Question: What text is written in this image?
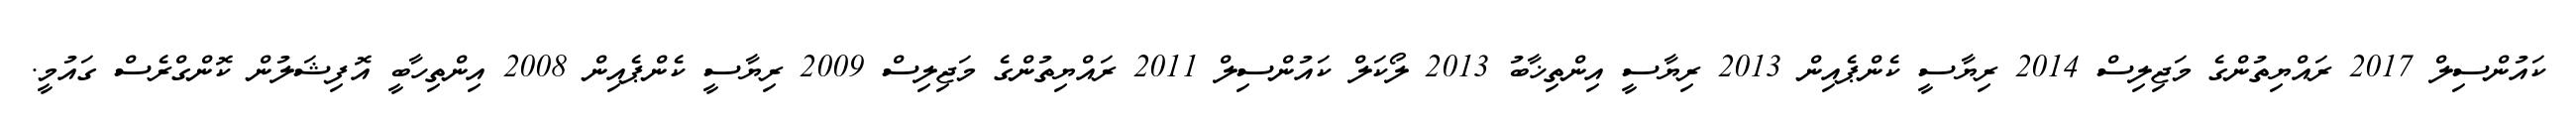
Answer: ކައުންސިލް 2017 ރައްޔިތުންގެ މަޖިލިސް 2014 ރިޔާސީ ކެންޕެއިން 2013 ރިޔާސީ އިންތިޚާބު 2013 ލޯކަލް ކައުންސިލް 2011 ރައްޔިތުންގެ މަޖިލިސް 2009 ރިޔާސީ ކެންޕެއިން 2008 އިންތިހާބީ އޮފިޝަލުން ކޮންގްރެސް ގައުމީ.